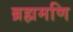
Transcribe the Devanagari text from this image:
ब्रह्ममणि